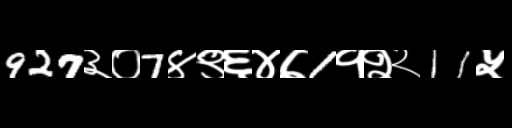
Text: 927३०7४९६४७1१२२11५